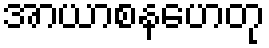
အာယာစနဟေတု